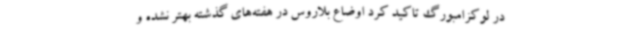
در لوکزامبورگ تاکید کرد اوضاع بلاروس در هفته‌های گذشته بهتر نشده و